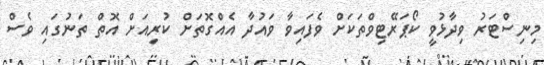
މިނިސްޓަރު ވިދާޅުވީ ކޯޕަރޭޓިވްތަކަށް ވެފައިވާ ވައުދާ އެއްގޮތަށް ކުރިއަށް އޮތް ތަނުގައި ވެސް